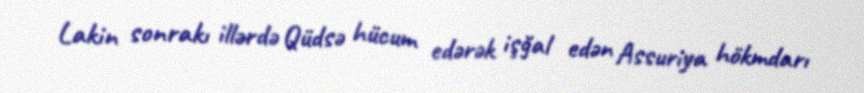
Lakin sonrakı illərdə Qüdsə hücum edərək işğal edən Assuriya hökmdarı